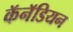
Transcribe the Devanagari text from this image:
कॅनॅडियन